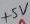
Text: +5V